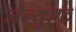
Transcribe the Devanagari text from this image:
जेन्युएट